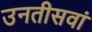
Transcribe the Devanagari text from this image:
उनतीसवां